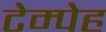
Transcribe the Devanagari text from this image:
टेम्पेह